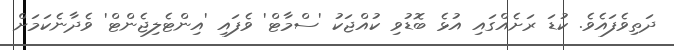
ދަތިވެފައެވެ. ކުޑަ ރަށެއްގައި އުޅެ ބޮޑުވި ކުއްޖަކު 'ސްމާޓް' ވެފައި 'އިންޓެލިޖެންޓް' ވެދާނެކަމަށް